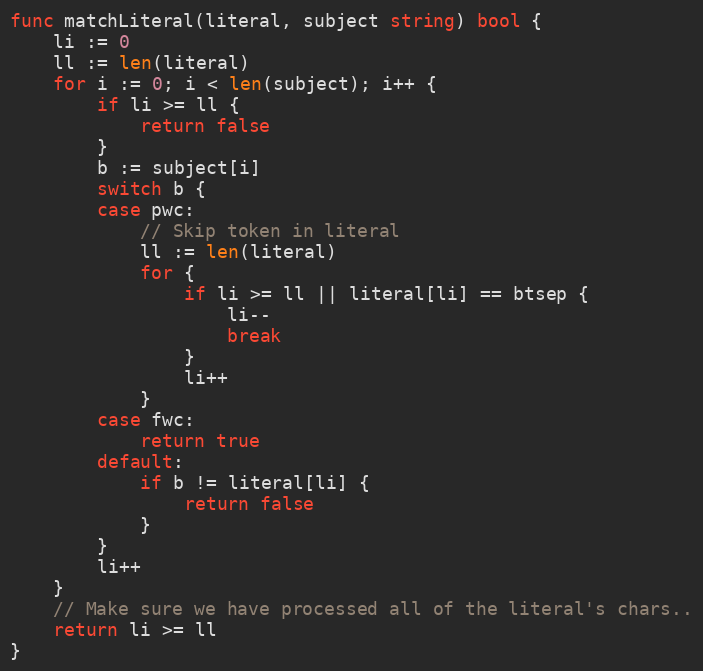
Language: Go
func matchLiteral(literal, subject string) bool {
	li := 0
	ll := len(literal)
	for i := 0; i < len(subject); i++ {
		if li >= ll {
			return false
		}
		b := subject[i]
		switch b {
		case pwc:
			// Skip token in literal
			ll := len(literal)
			for {
				if li >= ll || literal[li] == btsep {
					li--
					break
				}
				li++
			}
		case fwc:
			return true
		default:
			if b != literal[li] {
				return false
			}
		}
		li++
	}
	// Make sure we have processed all of the literal's chars..
	return li >= ll
}